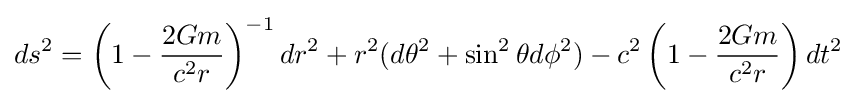
ds^{2}=\left(1-{\frac {2Gm}{c^{2}r}}\right)^{-1}dr^{2}+r^{2}(d\theta ^{2}+\sin ^{2}\theta d\phi ^{2})-c^{2}\left(1-{\frac {2Gm}{c^{2}r}}\right)dt^{2}